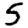
Digit: 5